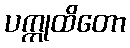
ပက္ကုထိတော